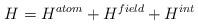
LaTeX: \begin{align*}H=H^{atom}+H^{field}+H^{int}\end{align*}